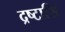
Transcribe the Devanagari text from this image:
द्रष्टासि